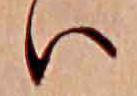
ハ